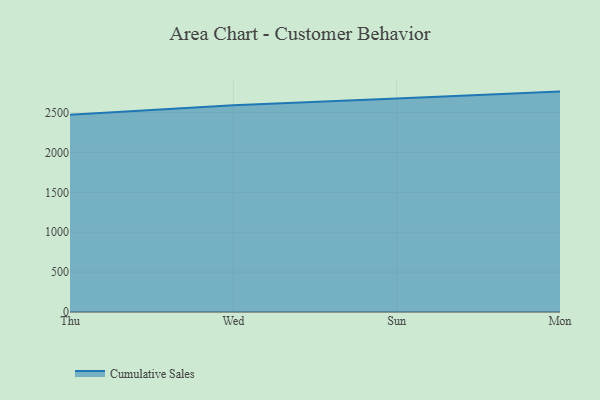
{"axis": {"x": "Day", "y": "Temperature (°C)"}, "legend": ["Cumulative Sales"], "data": [{"x": "Thu", "y": 2472.4, "type": "Cumulative Sales"}, {"x": "Wed", "y": 2592.5, "type": "Cumulative Sales"}, {"x": "Sun", "y": 2676.4, "type": "Cumulative Sales"}, {"x": "Mon", "y": 2763.0, "type": "Cumulative Sales"}]}